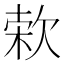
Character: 𣣙